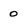
Character: 0